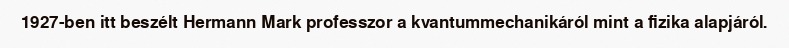
1927-ben itt beszélt Hermann Mark professzor a kvantummechanikáról mint a fizika alapjáról.